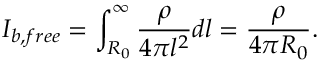
I _ { b , f r e e } = \int _ { R _ { 0 } } ^ { \infty } \frac { \rho } { 4 \pi l ^ { 2 } } d l = \frac { \rho } { 4 \pi R _ { 0 } } .